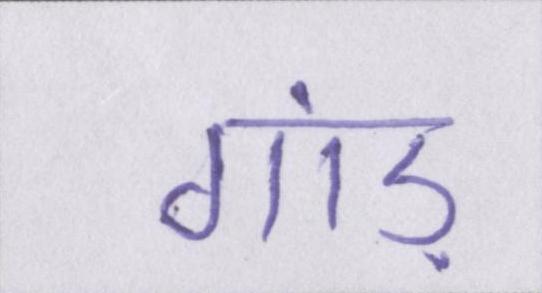
गांड़